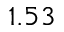
1 . 5 3